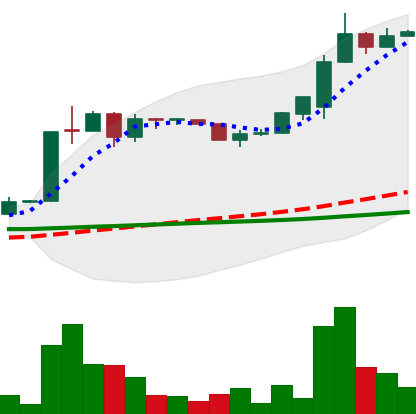
Ticker: LTC-USD
Chart end date: 2015-07-03
Forward return: 54.572%
Label: up_7plus